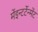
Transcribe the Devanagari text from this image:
मेंइन्टर्टेन्मेंट